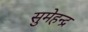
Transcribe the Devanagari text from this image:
सुमेहन्द्र